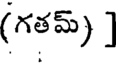
(గతమ్) ]